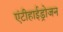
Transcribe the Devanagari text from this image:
एंटीहाईड्रोजन